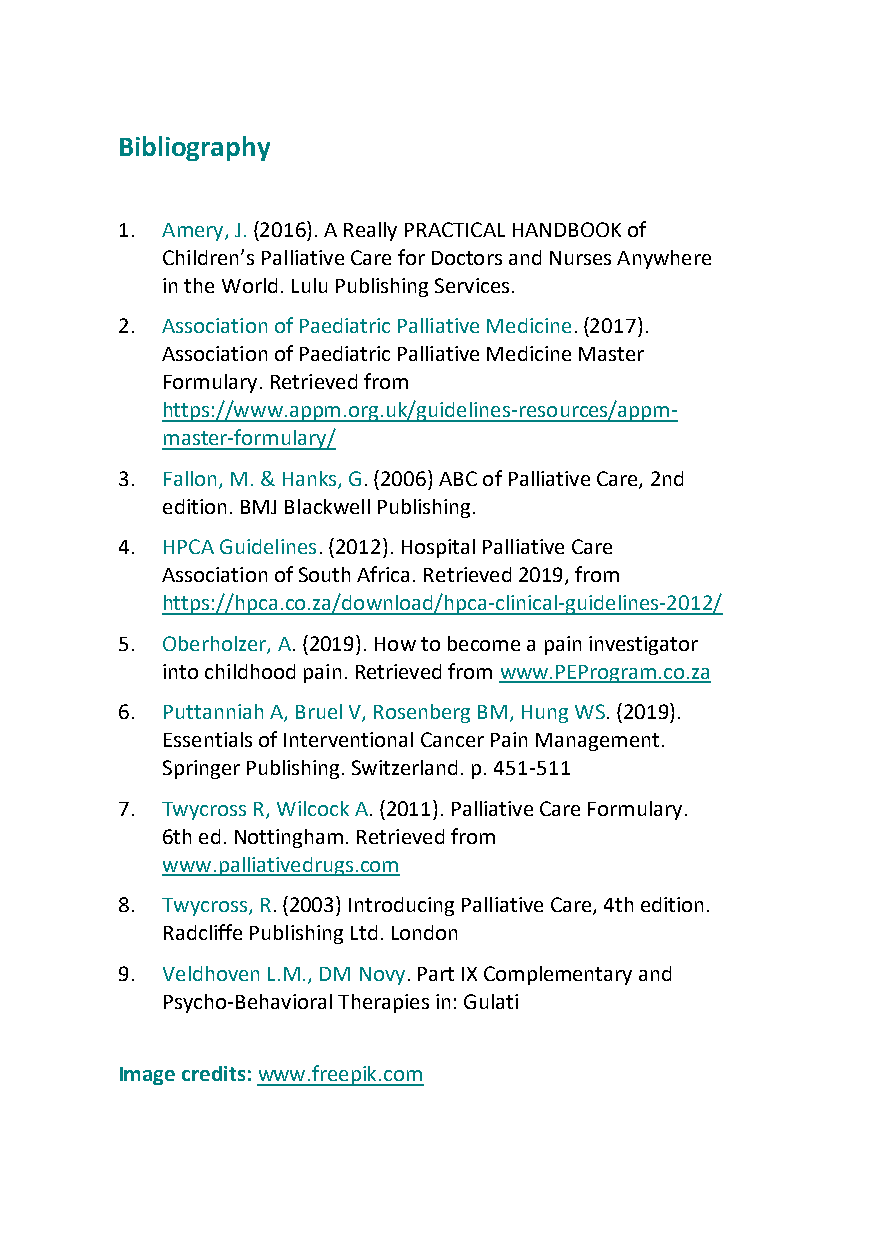
Bibliography
 1. Amery, J. (2016). A Really PRACTICAL HANDBOOK of
 Children’s Palliative Care for Doctors and Nurses Anywhere
 in the World. Lulu Publishing Services.
 2. Association of Paediatric Palliative Medicine. (2017).
 Association of Paediatric Palliative Medicine Master
 Formulary. Retrieved from
 https://www.appm.org.uk/guidelines-resources/appm-
 master-formulary/
 3. Fallon, M. & Hanks, G. (2006) ABC of Palliative Care, 2nd
 edition. BMJ Blackwell Publishing.
 4. HPCA Guidelines. (2012). Hospital Palliative Care
 Association of South Africa. Retrieved 2019, from
 https://hpca.co.za/download/hpca-clinical-guidelines-2012/
 5. Oberholzer, A. (2019). How to become a pain investigator
 into childhood pain. Retrieved from www.PEProgram.co.za
 6. Puttanniah A, Bruel V, Rosenberg BM, Hung WS. (2019).
 Essentials of Interventional Cancer Pain Management.
 Springer Publishing. Switzerland. p. 451-511
 7. Twycross R, Wilcock A. (2011). Palliative Care Formulary.
 6th ed. Nottingham. Retrieved from
 www.palliativedrugs.com
 8. Twycross, R. (2003) Introducing Palliative Care, 4th edition.
 Radcliffe Publishing Ltd. London
 9. Veldhoven L.M., DM Novy. Part IX Complementary and
 Psycho-Behavioral Therapies in: Gulati
 Image credits: www.freepik.com